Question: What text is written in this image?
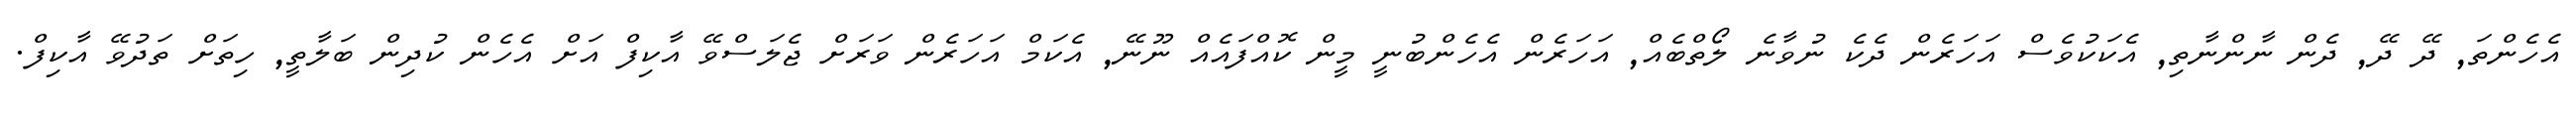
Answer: އެހެންތަ, ދޭ ދޭ, ދެން ނާންނާތި, އެކަކުވެސް އަހަރެން ދެކެ ނުވާނެ ލޯތްބެއް, އަހަރެން އެހެންބުނީ މީން ކޮއްފައެއް ނޫނޭ, އެކަމް އަހަރެން ވަރަށް ޖެލަސްވޭ އާކިފް އަށް އެހެން ކުދިން ބަލާތީ, ހިތަށް ތަދުވޭ އާކިފް.